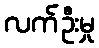
လက်ဦးမှု